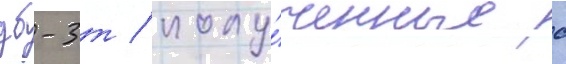
дб-3т / полу́ченные с